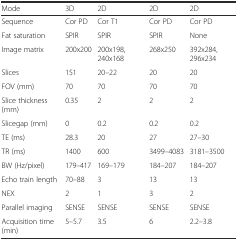
| Mode | 3D | 2D | 2D | 2D |
 | --- | --- | --- | --- | --- |
 | Sequence | Cor PD | Cor T1 | Cor PD | Cor PD |
 | Fat saturation | SPIR | SPIR | SPIR | None |
 | Image matrix | 200x200 | 200x198, 240x168 | 268x250 | 392x284, 296x234 |
 | Slices | 151 | 20–22 | 20 | 20 |
 | FOV (mm) | 70 | 70 | 70 | 70 |
 | Slice thickness (mm) | 0.35 | 2 | 2 | 2 |
 | Slicegap (mm) | 0 | 0.2 | 0.2 | 0.2 |
 | TE (ms) | 28.3 | 20 | 27 | 27–30 |
 | TR (ms) | 1400 | 600 | 3499–4083 | 3181–3500 |
 | BW (Hz/pixel) | 179–417 | 169–179 | 184–207 | 184–207 |
 | Echo train length | 70–88 | 3 | 13 | 13 |
 | NEX | 2 | 1 | 3 | 2 |
 | Parallel imaging | SENSE | SENSE | SENSE | SENSE |
 | Acquisition time (min) | 5–5.7 | 3.5 | 6 | 2.2–3.8 |